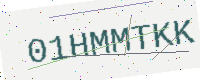
Text: 01HMMTKK